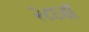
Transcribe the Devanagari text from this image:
२८६वॉ